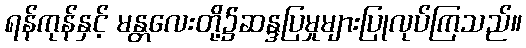
ရန်ကုန်နှင့် မန္တလေးတို့၌ဆန္ဒပြမှုများပြုလုပ်ကြသည်။